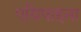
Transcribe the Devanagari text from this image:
एग्रिपाइना